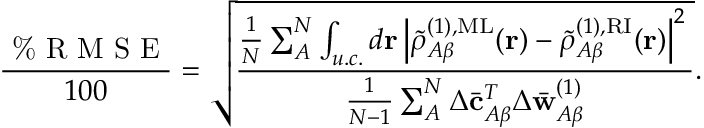
\frac { \textrm { \% R M S E } } { 1 0 0 } = \sqrt { \frac { \frac { 1 } { N } \sum _ { A } ^ { N } \int _ { u . c . } d \mathbf { r } \left| \tilde { \rho } _ { A \beta } ^ { ( 1 ) , \mathrm { M L } } ( \mathbf { r } ) - \tilde { \rho } _ { A \beta } ^ { ( 1 ) , \mathrm { R I } } ( \mathbf { r } ) \right| ^ { 2 } \, } { \frac { 1 } { N - 1 } \sum _ { A } ^ { N } \Delta \bar { \mathbf { c } } _ { A \beta } ^ { T } \Delta \bar { \mathbf { w } } _ { A \beta } ^ { ( 1 ) } } } .